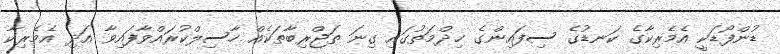
ޑުންފޯޑަކީ އެމެރިކާގެ ކަނޑުގެ ސިފައިންގެ ޚިދްމަތުގައި ގިނަ ތަޖްރިބާތަކެއް ހާސިލްކުރައްވާފައިވާ އަދި އެމެރިކާ